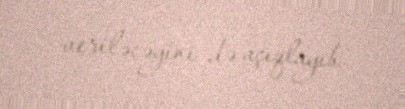
veriləcəyini də açıqlayıb.